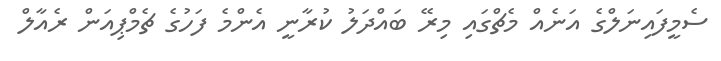
ސެމީފައިނަލްގެ އަނެއް މެޗްގައި މިރޭ ބައްދަލު ކުރާނީ އެންމެ ފަހުގެ ޗެމްޕިއަން ރެއާލް